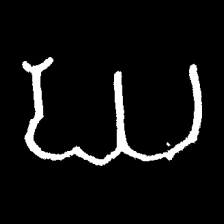
Pyu character \u2014 Myanmar letter: ဃ (romanized: gha)